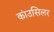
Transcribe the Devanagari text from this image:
कांउसिलर